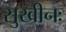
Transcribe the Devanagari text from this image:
सुखीनः